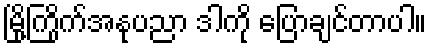
မြို့ကြိုက်အနုပညာ ဒါကို ပြောချင်တာပါ။